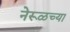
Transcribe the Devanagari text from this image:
नेरूळच्या